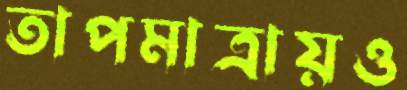
তাপমাত্রায়ও